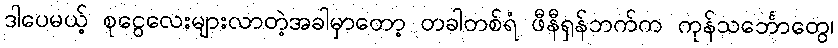
ဒါပေမယ့် စုငွေလေးများလာတဲ့အခါမှာတော့ တခါတစ်ရံ ဖီနီရှန်ဘက်က ကုန်သင်္ဘောတွေ၊